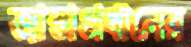
জান্তাপ্রধানের